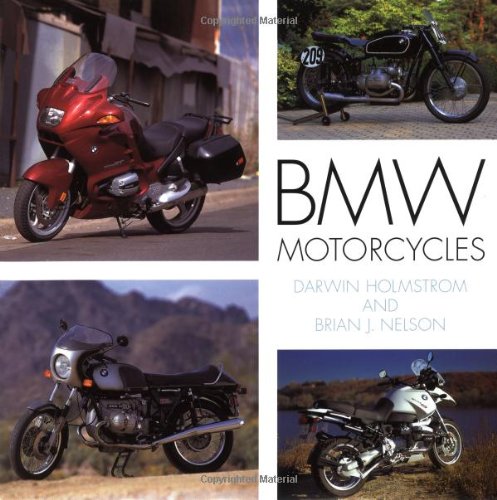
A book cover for BMW Motorcycles; Darwin Holmstrom; Arts & Photography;